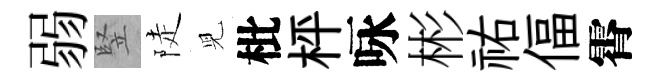
弱竪陡児枇枰咏彬祐偪霄